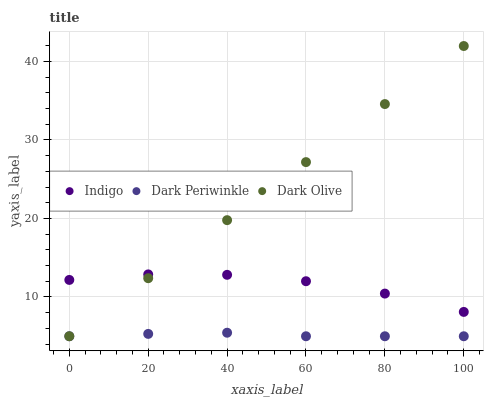
| xaxis_label | Indigo | Dark Periwinkle | Dark Olive |
 | --- | --- | --- | --- |
 | 0 | 12.2 | 5 | 5 |
 | 20 | 12.9 | 5.3 | 12.4 |
 | 40 | 12.8 | 5.45 | 19.8 |
 | 60 | 12 | 5 | 27.2 |
 | 80 | 10.4 | 5 | 34.6 |
 | 100 | 8.1 | 5 | 41.9 |